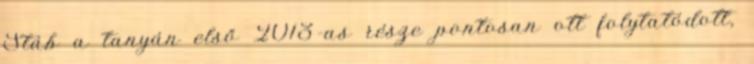
Stáb a tanyán első 2013-as része pontosan ott folytatódott,